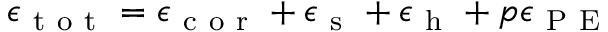
\epsilon _ { \mathrm { ~ t ~ o ~ t ~ } } = \epsilon _ { \mathrm { ~ c ~ o ~ r ~ } } + \epsilon _ { \mathrm { ~ s ~ } } + \epsilon _ { \mathrm { ~ h ~ } } + p \epsilon _ { \mathrm { ~ P ~ E ~ } }